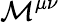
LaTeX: {\cal M}^{\mu\nu}